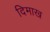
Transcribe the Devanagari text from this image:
दिमाख